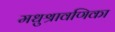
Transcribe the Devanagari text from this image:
मधुश्रावणिका